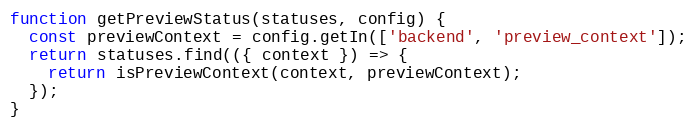
Language: JavaScript
function getPreviewStatus(statuses, config) {
  const previewContext = config.getIn(['backend', 'preview_context']);
  return statuses.find(({ context }) => {
    return isPreviewContext(context, previewContext);
  });
}